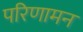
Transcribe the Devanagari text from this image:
परिणामन